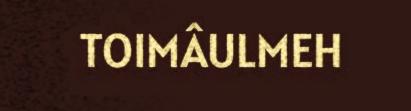
TOIMÂULMEH